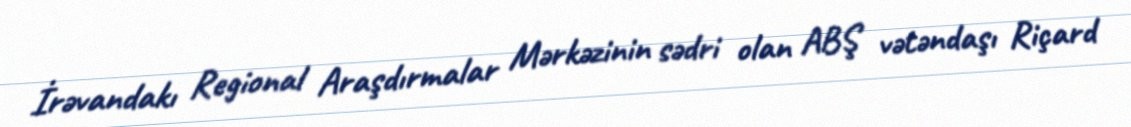
İrəvandakı Regional Araşdırmalar Mərkəzinin sədri olan ABŞ vətəndaşı Riçard